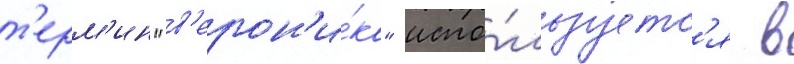
т'ерм'ин "в'ерон'и́ка" испо́льзуетс'я в